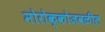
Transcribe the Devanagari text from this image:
मोरोक्कोजवळील